Lunatic asylums Central Provinces reports 1874-1885 - 1874-1885
Year: 1874
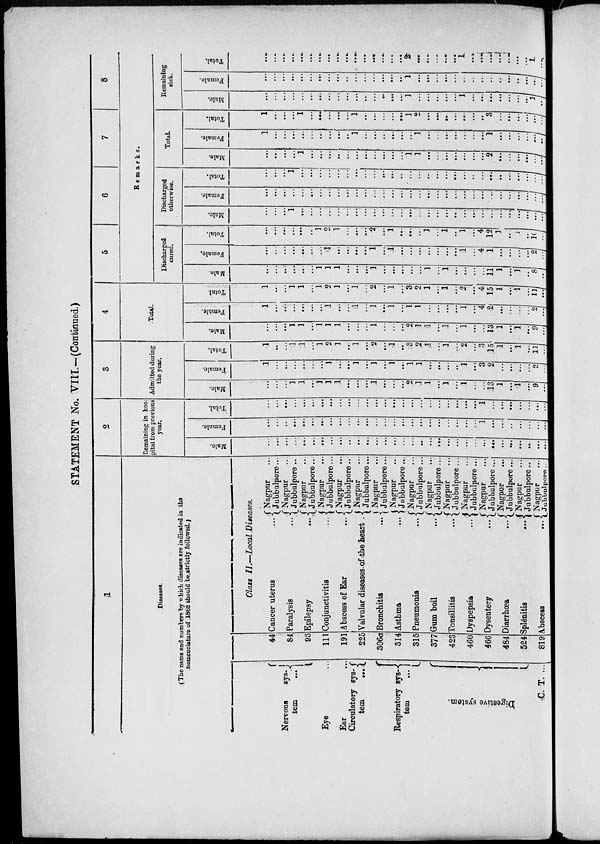
STATEMENT No. VIII.—(Continued.)
1
Diseases.
(The names and numbers by which diseases are indicated in the
nomenclature of 1868 should be strictly followed.)
Nervous
sys¬
tem
...
Eye ...
Ear ...
Circulatory sys-
tem
...
Respiratory sys¬
tem
...
C. T. ...
44
84
93
111
191
225
306a
314
315
377
423
460
466
484
524
819
Class II.—Local Diseases.
Cancer
uterus
...
Paralysis
...
Epilepsy ...
Conjunctivitis
...
Abscess of Ear
...
Valvular diseases of the heart ...
Bronchitis ...
Asthma ...
Pneumonia
...
Gum boil
...
Tonsillitis
...
Dyspepsia
...
Dysentery
...
Diarrhœa
...
Splenitis
...
Abscess
...
Nagpur ...
Jubbulpore ...
Nagpur ...
Jubbulpore ...
Nagpur ...
Jubbulpore ...
Nagpur ...
Jubbulpore ...
Nagpur ...
Jubbulpore ...
Nagpur ...
Jubbulpore ...
Nagpur ...
Jubbulpore ...
Nagpur ...
Jubbulpore ...
Nagpur ...
Jubbulpore ...
Nagpur ...
Jubbulpore ...
Nagpur ...
Jubbulpore ...
Nagpur ...
Jubbulpore ...
Nagpur
...
Jubbulpore ...
Nagpur ...
Jubbulpore ...
Nagpur ...
Jubbulpore ...
Nagpur ...
Jubbulpore ...
2
Remaining in hos-
pital from previous
year.
Male.
...
...
...
...
...
...
...
...
...
...
...
...
...
...
...
...
...
...
...
...
...
...
...
...
...
...
...
...
...
...
...
...
Female.
...
...
...
...
...
...
...
...
...
...
...
...
...
...
...
...
...
...
...
...
...
...
...
...
1
...
...
...
...
...
...
...
Total.
...
...
...
...
...
...
...
...
...
...
...
...
...
...
...
...
...
...
...
...
...
...
...
...
1
...
...
...
...
...
...
...
3
Admitted during
the year.
Male.
...
...
...
1
1
...
1
1
1
...
...
...
1
...
...
...
2
1
1
...
1
...
1
...
...
13
1
...
1
...
9
...
Female.
1
...
...
...
...
...
...
1
...
...
1
...
1
...
1
...
1
1
...
...
...
...
1
...
3
2
...
...
...
...
2
...
Total.
1
...
...
1
1
...
1
2
1
...
1
...
2
...
1
...
3
2
1
...
1
...
2
...
3
15
1
...
1
...
11
...
4
Total.
Male.
...
...
...
1
1
...
1
1
1
...
...
...
1
...
...
...
2
1
1
...
1
...
1
...
...
13
1
...
1
...
9
...
Female.
1
...
...
...
...
...
...
1
...
...
1
...
1
...
1
...
1
1
...
...
...
...
1
...
4
2
...
...
...
...
2
...
Total.
1
...
...
1
1
...
1
2
1
...
1
...
2
...
1
...
3
2
1
...
1
...
2
...
4
15
1
...
1
...
11
...
5
6
7
8
Remarks.
Discharged
cured.
Male.
...
...
...
...
...
...
1
1
1
...
...
...
1
...
...
...
...
...
1
...
1
...
...
...
...
11
1
...
1
...
8
...
Female.
...
...
...
...
...
...
...
1
...
...
...
...
1
...
1
...
...
...
...
...
...
...
1
...
4
1
...
...
...
...
2
...
Total.
...
...
...
...
...
...
1
2
1
...
...
...
2
...
1
...
...
...
1
...
1
...
1
...
4
12 1
...
1
...
10
...
Discharged
otherwise.
Male.
...
...
...
1
...
...
...
...
...
...
...
...
...
...
...
...
...
...
...
...
...
...
...
...
...
...
...
...
...
...
...
...
Female.
...
...
...
...
...
...
...
...
...
...
...
...
...
...
...
...
...
...
...
...
...
...
...
...
...
...
...
...
...
...
...
...
Total.
...
...
...
1
...
...
...
...
...
...
...
...
...
...
...
...
...
...
...
...
...
...
...
...
...
...
...
...
...
...
...
...
Total.
Male.
...
...
...
...
1
...
...
...
...
...
...
...
...
...
...
...
1
1
...
...
...
...
...
...
...
2
...
...
...
...
...
...
Female.
1
...
...
...
...
...
...
...
...
...
1
...
...
...
...
...
...
1
...
...
...
...
...
...
...
1
...
...
...
...
...
...
Total.
1
...
...
...
1
...
...
...
...
...
1
...
...
...
...
...
1
2
...
...
...
...
...
...
...
3
...
...
...
...
...
...
Remaining
sick.
Male.
...
...
...
...
...
...
...
...
...
...
...
...
...
...
...
...
1
...
...
...
...
...
1
...
...
...
...
...
...
...
1
...
Female.
...
...
...
...
...
...
...
...
...
...
...
...
...
...
...
...
1
...
...
...
...
...
...
...
...
...
... ...
...
...
...
...
Total.
...
...
...
...
...
...
...
...
...
...
...
...
...
...
...
...
2
...
...
...
...
...
1
...
...
...
...
...
...
...
1
...